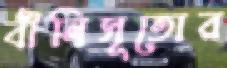
বীনিসূতোর